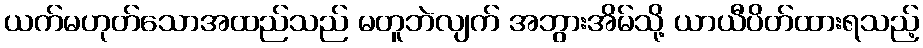
ယက်မဟုတ်သောအထည်သည် မတူဘဲလျက် အဘွားအိမ်သို့ ယာယီပိတ်ထားရသည့်